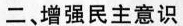
二、增强民主意识